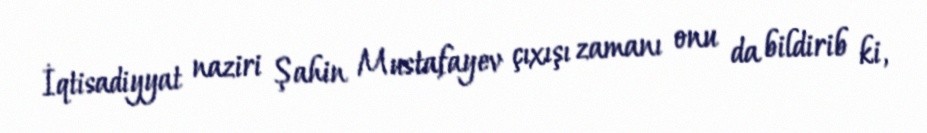
İqtisadiyyat naziri Şahin Mustafayev çıxışı zamanı onu da bildirib ki,